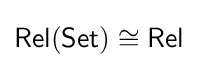
{\mathsf {Rel}}({\mathsf {Set}})\cong {\mathsf {Rel}}